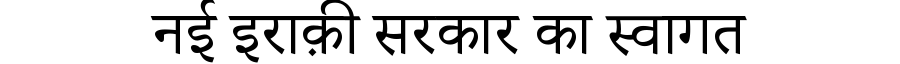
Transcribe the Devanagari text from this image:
नई इराक़ी सरकार का स्वागत